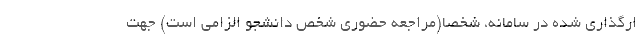
ارگذاری شده در سامانه، شخصا(مراجعه حضوری شخص دانشجو الزامی است) جهت